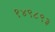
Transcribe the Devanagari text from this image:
१४९८९३